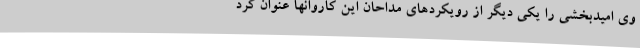
وی امیدبخشی را یکی دیگر از رویکردهای مداحان این کاروانها عنوان کرد